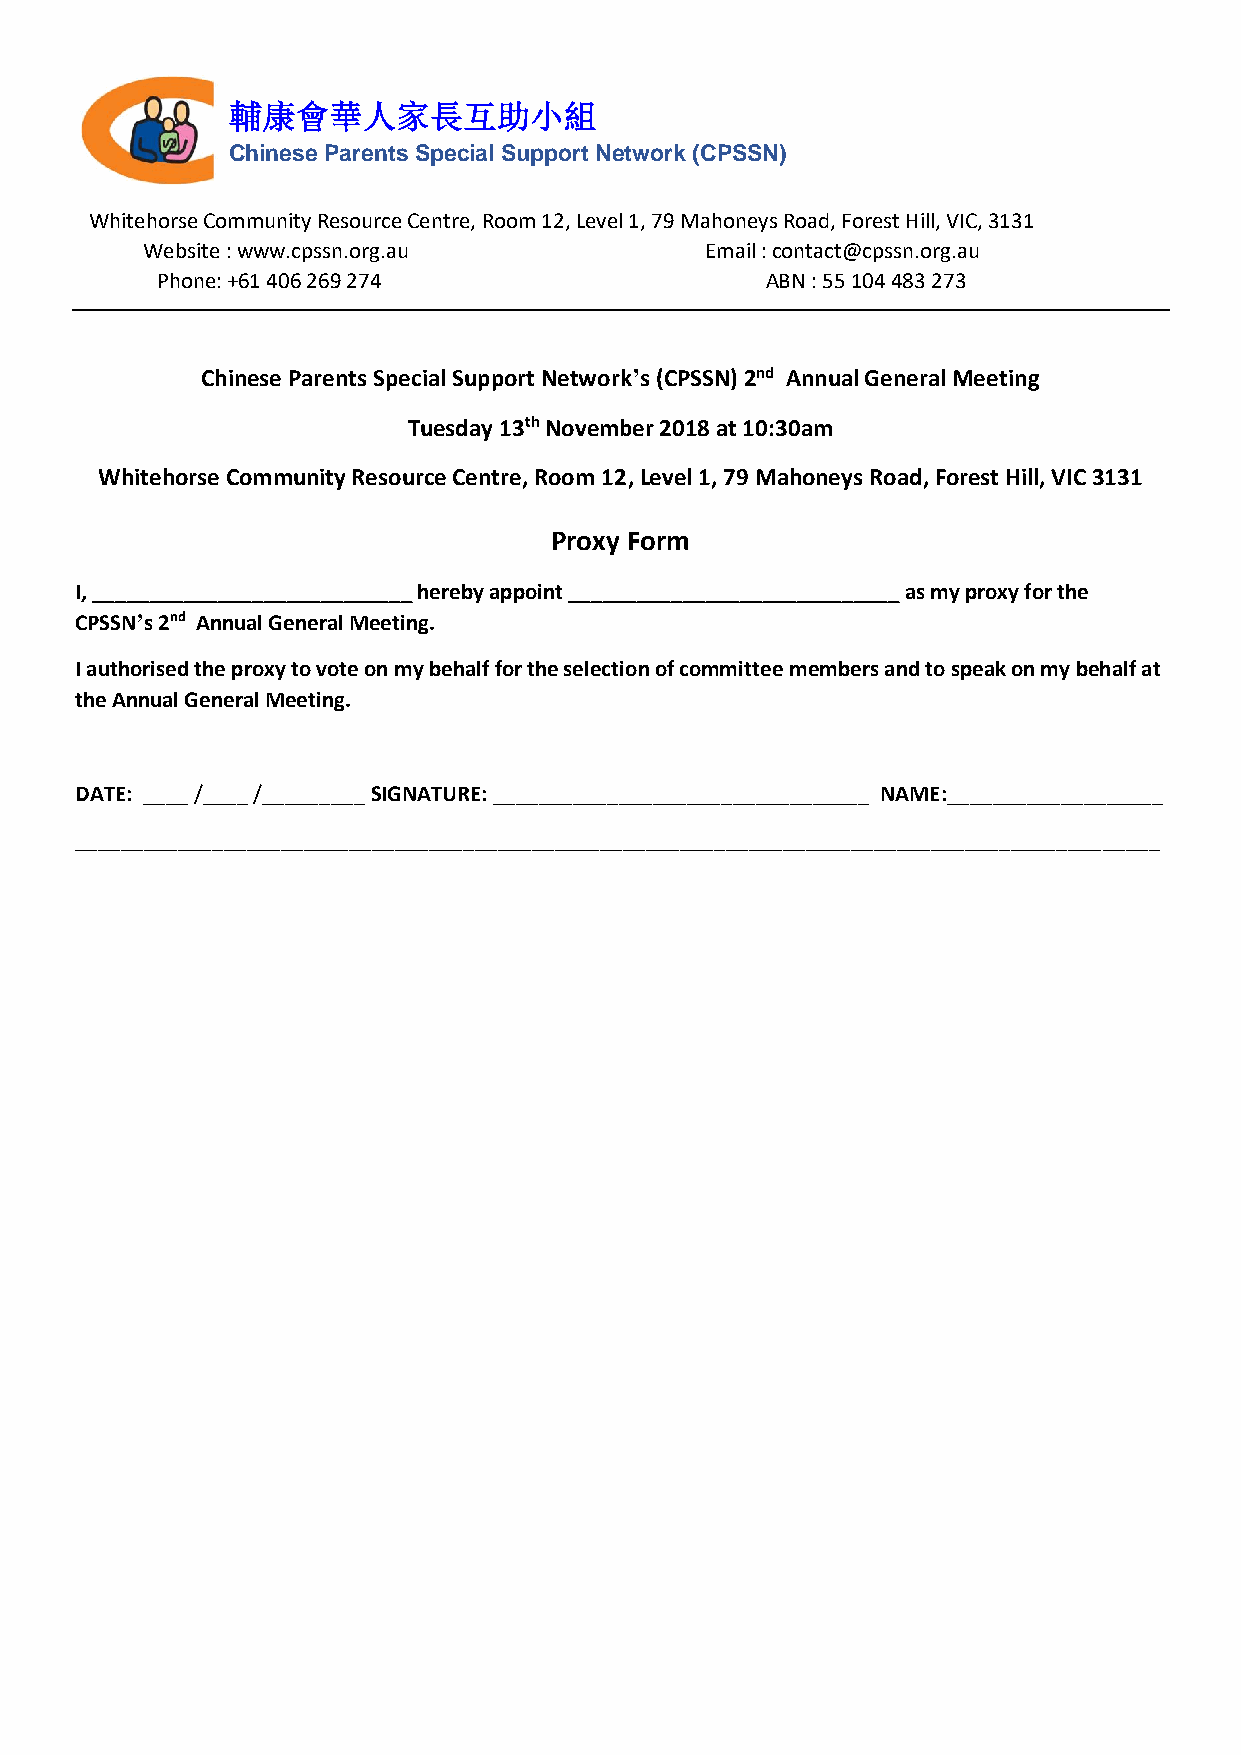
輔康會華人家長互助小組
 Chinese Parents Special Support Network (CPSSN)
 Whitehorse Community Resource Centre, Room 12, Level 1, 79 Mahoneys Road, Forest Hill, VIC, 3131
 Website : www.cpssn.org.au            Email : contact@cpssn.org.au
 Phone: +61 406 269 274                   ABN : 55 104 483 273
 Chinese Parents Special Support Network’s (CPSSN) 2nd Annual General Meeting
 Tuesday 13th November 2018 at 10:30am
 Whitehorse Community Resource Centre, Room 12, Level 1, 79 Mahoneys Road, Forest Hill, VIC 3131
 Proxy Form
 I, ____________________________ hereby appoint _____________________________ as my proxy for the
 CPSSN’s 2nd Annual General Meeting.
 I authorised the proxy to vote on my behalf for the selection of committee members and to speak on my behalf at
 the Annual General Meeting.
 DATE: ____ /____ /_________ SIGNATURE: _________________________________ NAME:___________________
 _______________________________________________________________________________________________